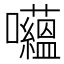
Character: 𱕲